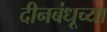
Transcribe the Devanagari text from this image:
दीनबंधूच्या